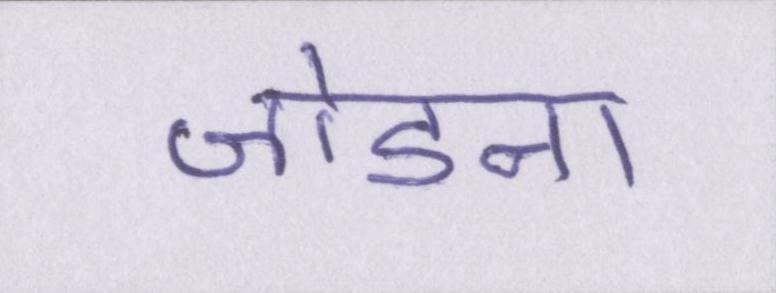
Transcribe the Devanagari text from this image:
जोडऩा